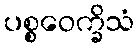
ပစ္စဝေက္ခိသံ